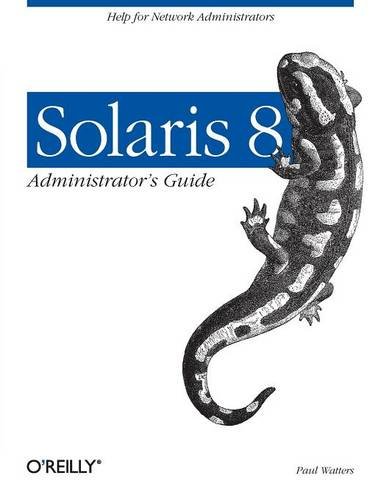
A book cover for Solaris 8 Administrator's Guide; Paul Watters; Computers & Technology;